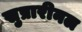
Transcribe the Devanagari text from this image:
सुप्रारीनल